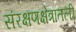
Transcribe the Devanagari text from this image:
संरक्षणक्षेत्रातली